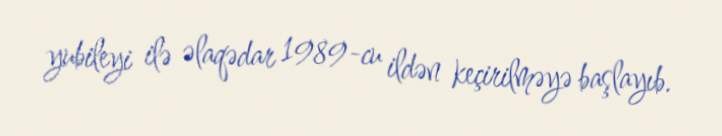
yubileyi ilə əlaqədar 1989-cu ildən keçirilməyə başlayıb.